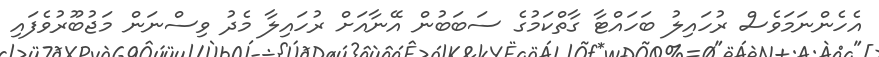
އެހެންނަމަވެސް ރުހައިލު ބަހައްޓާ ގާތްކަމުގެ ސަބަބުން އޭނާއަށް ރުހައިލާ މެދު ވިސްނަން މަޖުބޫރުވެފައި